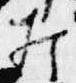
打